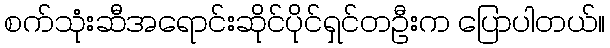
စက်သုံးဆီအရောင်းဆိုင်ပိုင်ရှင်တဦးက ပြောပါတယ်။